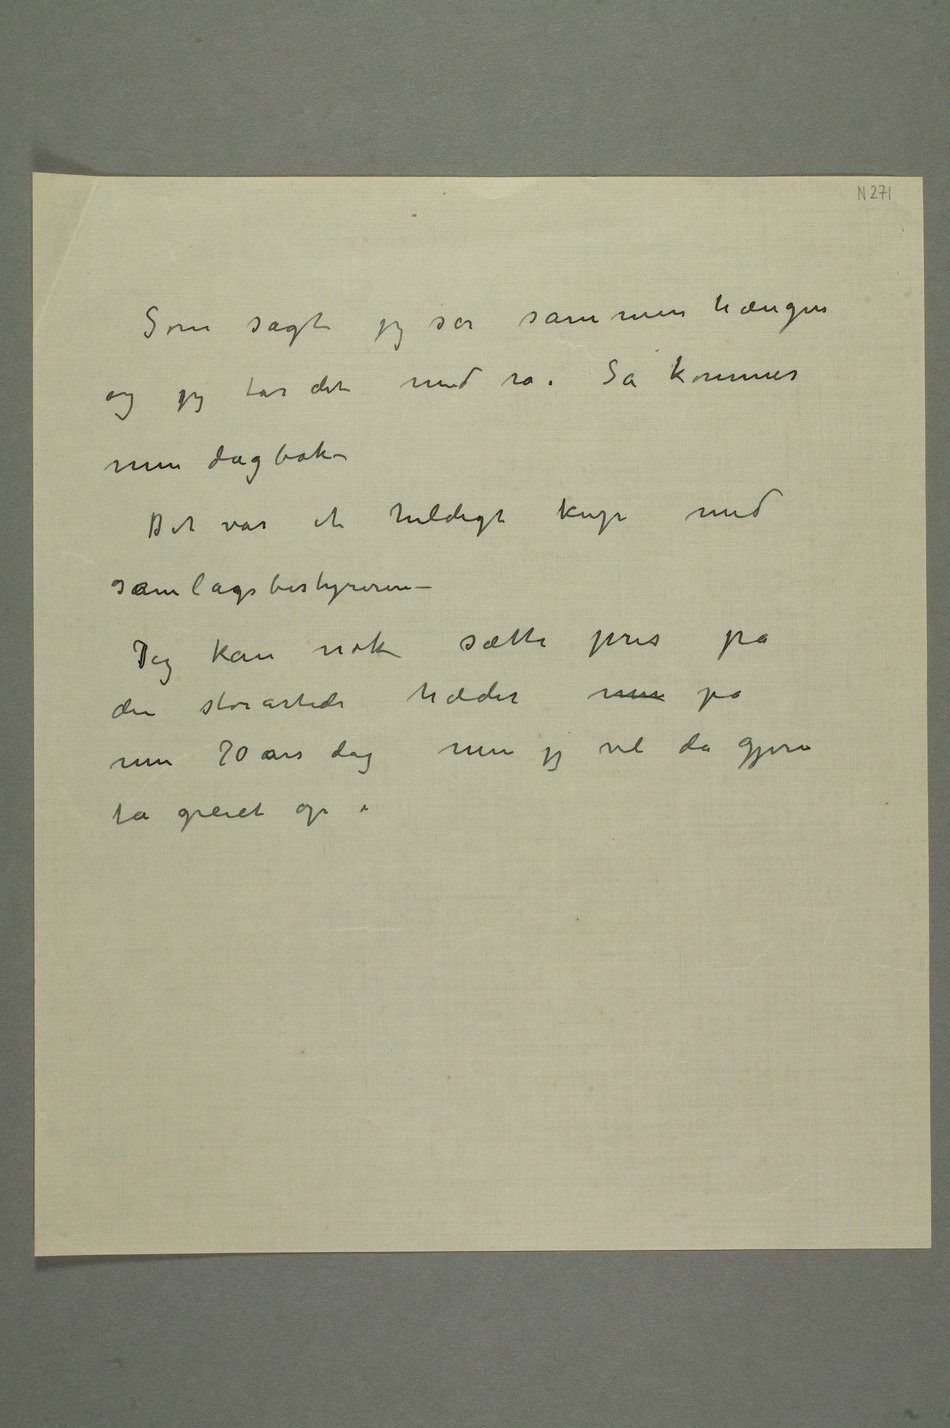
Som sagt jeg ser sammenhængen
tar det med ro. Så
min dagbok –
Det var et heldigt kup med
samlagsbestyreren –
Jeg kan nok sette pris
på
den storartede hæder min
på
min 70 års dag men jeg vil da
få greiet op i